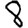
Digit: 8